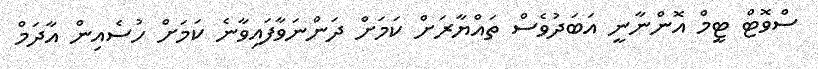
ސްވޮޓް ޓީމް އޮންނާނީ އަބަދުވެސް ތައްޔާރަށް ކަމަށް ދަންނަވާފައިވާނެ ކަމަށް ހުސެއިން އާދަމް